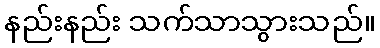
နည်းနည်း သက်သာသွားသည်။